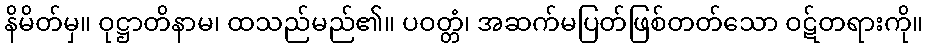
နိမိတ်မှ။ ဝုဋ္ဌာတိနာမ၊ ထသည်မည်၏။ ပဝတ္တံ၊ အဆက်မပြတ်ဖြစ်တတ်သော ဝဋ်တရားကို။